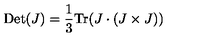
\mathrm { D e t } ( J ) = \frac { 1 } { 3 } \mathrm { T r } ( J \cdot ( J \times J ) )